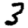
Digit: 3